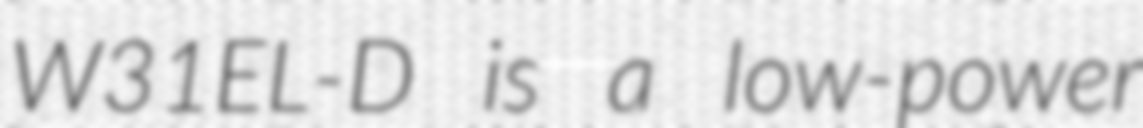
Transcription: W31EL-D is a low-power